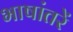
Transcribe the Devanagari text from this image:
भाषांतरें